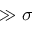
\gg \sigma